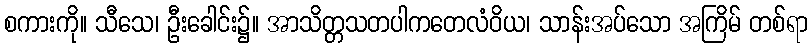
စကားကို။ သီသေ၊ ဦးခေါင်း၌။ အာသိတ္တသတပါကတေလံဝိယ၊ သာန်းအပ်သော အကြိမ် တစ်ရာ